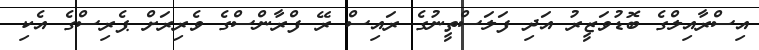
އިސްރާއިލްގެ ބޮޑުވަޒީރު އަދި ފަލަސްތީނުގެ ރައިސް ރޭ ފްރާންސްގެ ވެރިރަށް ޕެރިސްގެ އެކި